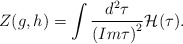
\begin{align*}Z(g,h) = \int \frac{{d}^{2} \tau}{{(Im \tau)}^{2}} {\cal H}(\tau).\end{align*}